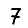
Digit: 7